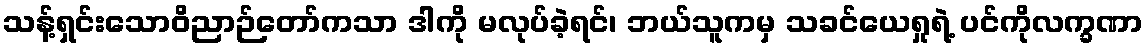
သန့်ရှင်းသောဝိညာဉ်တော်ကသာ ဒါကို မလုပ်ခဲ့ရင်၊ ဘယ်သူကမှ သခင်ယေရှုရဲ့ ပင်ကိုလက္ခဏာ